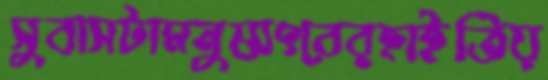
সুবাসটামনুষ্যৎবেরহাইতিয়